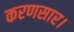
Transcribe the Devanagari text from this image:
करणसार।